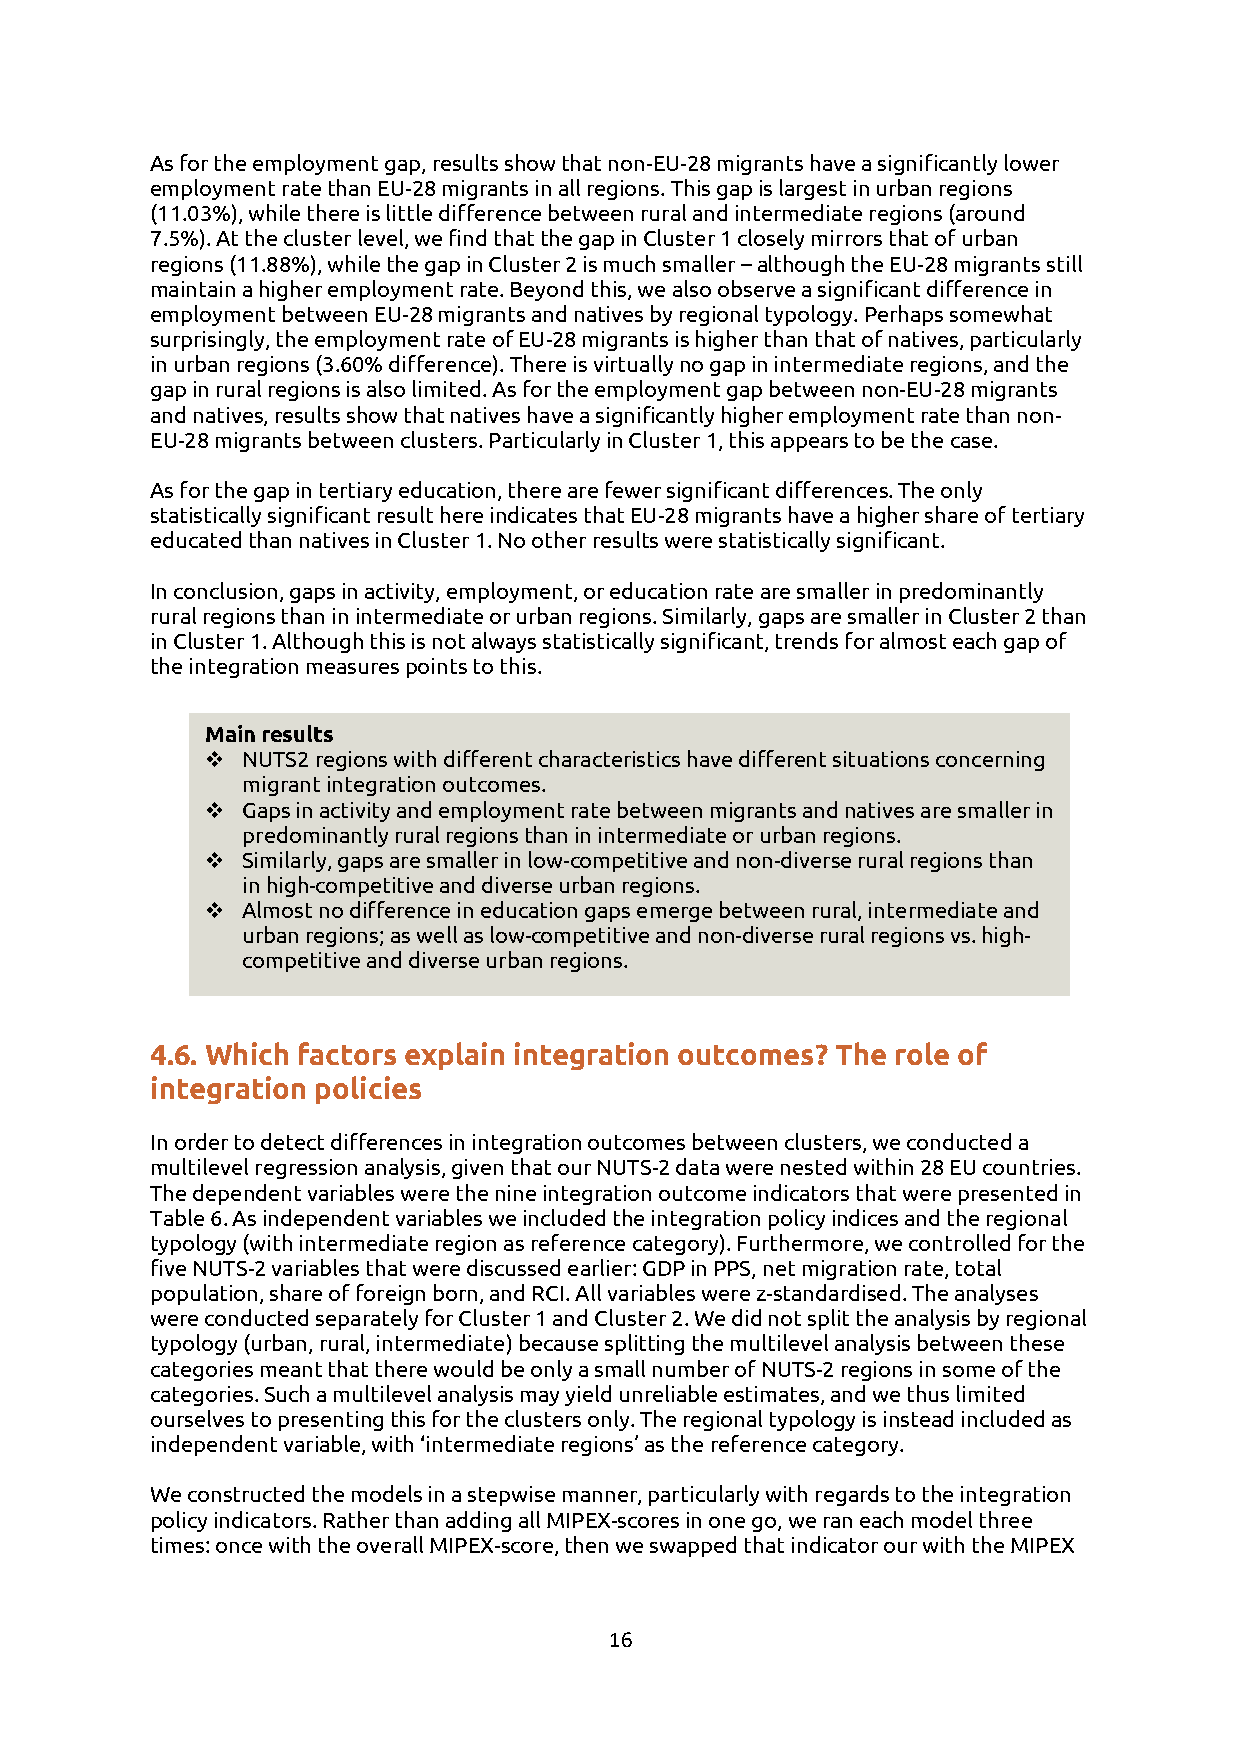
As for the employment gap, results show that non-EU-28 migrants have a significantly lower
 employment rate than EU-28 migrants in all regions. This gap is largest in urban regions
 (11.03%), while there is little difference between rural and intermediate regions (around
 7.5%). At the cluster level, we find that the gap in Cluster 1 closely mirrors that of urban
 regions (11.88%), while the gap in Cluster 2 is much smaller – although the EU-28 migrants still
 maintain a higher employment rate. Beyond this, we also observe a significant difference in
 employment between EU-28 migrants and natives by regional typology. Perhaps somewhat
 surprisingly, the employment rate of EU-28 migrants is higher than that of natives, particularly
 in urban regions (3.60% difference). There is virtually no gap in intermediate regions, and the
 gap in rural regions is also limited. As for the employment gap between non-EU-28 migrants
 and natives, results show that natives have a significantly higher employment rate than non-
 EU-28 migrants between clusters. Particularly in Cluster 1, this appears to be the case.
 As for the gap in tertiary education, there are fewer significant differences. The only
 statistically significant result here indicates that EU-28 migrants have a higher share of tertiary
 educated than natives in Cluster 1. No other results were statistically significant.
 In conclusion, gaps in activity, employment, or education rate are smaller in predominantly
 rural regions than in intermediate or urban regions. Similarly, gaps are smaller in Cluster 2 than
 in Cluster 1. Although this is not always statistically significant, trends for almost each gap of
 the integration measures points to this.
 Main results
 ❖ NUTS2 regions with different characteristics have different situations concerning
 migrant integration outcomes.
 ❖ Gaps in activity and employment rate between migrants and natives are smaller in
 predominantly rural regions than in intermediate or urban regions.
 ❖ Similarly, gaps are smaller in low-competitive and non-diverse rural regions than
 in high-competitive and diverse urban regions.
 ❖ Almost no difference in education gaps emerge between rural, intermediate and
 urban regions; as well as low-competitive and non-diverse rural regions vs. high-
 competitive and diverse urban regions.
 4.6. Which factors explain integration outcomes? The role of
 integration policies
 In order to detect differences in integration outcomes between clusters, we conducted a
 multilevel regression analysis, given that our NUTS-2 data were nested within 28 EU countries.
 The dependent variables were the nine integration outcome indicators that were presented in
 Table 6. As independent variables we included the integration policy indices and the regional
 typology (with intermediate region as reference category). Furthermore, we controlled for the
 five NUTS-2 variables that were discussed earlier: GDP in PPS, net migration rate, total
 population, share of foreign born, and RCI. All variables were z-standardised. The analyses
 were conducted separately for Cluster 1 and Cluster 2. We did not split the analysis by regional
 typology (urban, rural, intermediate) because splitting the multilevel analysis between these
 categories meant that there would be only a small number of NUTS-2 regions in some of the
 categories. Such a multilevel analysis may yield unreliable estimates, and we thus limited
 ourselves to presenting this for the clusters only. The regional typology is instead included as
 independent variable, with ‘intermediate regions’ as the reference category.
 We constructed the models in a stepwise manner, particularly with regards to the integration
 policy indicators. Rather than adding all MIPEX-scores in one go, we ran each model three
 times: once with the overall MIPEX-score, then we swapped that indicator our with the MIPEX
 16